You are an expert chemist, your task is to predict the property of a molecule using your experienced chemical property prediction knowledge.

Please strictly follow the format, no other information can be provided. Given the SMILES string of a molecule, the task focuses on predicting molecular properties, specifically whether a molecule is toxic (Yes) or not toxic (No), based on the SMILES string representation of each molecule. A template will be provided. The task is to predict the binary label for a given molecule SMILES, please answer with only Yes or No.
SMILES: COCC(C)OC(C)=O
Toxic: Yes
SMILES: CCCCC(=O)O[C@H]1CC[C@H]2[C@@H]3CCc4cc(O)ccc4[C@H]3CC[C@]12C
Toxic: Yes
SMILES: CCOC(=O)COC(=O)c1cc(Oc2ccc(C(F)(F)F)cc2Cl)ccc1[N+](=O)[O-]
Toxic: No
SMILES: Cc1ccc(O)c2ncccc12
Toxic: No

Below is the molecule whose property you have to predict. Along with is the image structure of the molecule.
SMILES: CNC[C@H](O)c1ccc(O)c(O)c1
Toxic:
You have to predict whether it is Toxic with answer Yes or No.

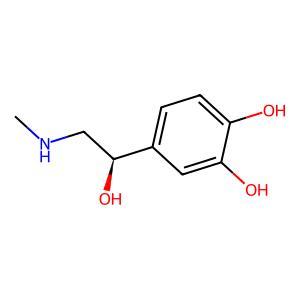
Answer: No